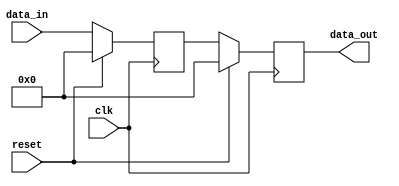
module synchronous_reset_example (
    input wire clk,          // Clock signal
    input wire reset,        // Synchronous reset signal
    input wire [7:0] data_in, // Example data input
    output reg [7:0] data_out // Example data output
);

// Internal state variable
reg [7:0] internal_state;

// Always block triggered on the rising edge of the clock
always @(posedge clk) begin
    if (reset) begin
        // Synchronous reset: set internal state and output to reset values
        internal_state <= 8'b0; // Reset internal state to 0
        data_out <= 8'b0;        // Reset output to 0
    end else begin
        // Normal operation: update internal state and output
        internal_state <= data_in; // Example operation: store input data
        data_out <= internal_state; // Output the internal state
    end
end

endmodule